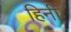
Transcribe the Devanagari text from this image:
हिनी